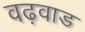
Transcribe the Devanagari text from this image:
वढ़वाड